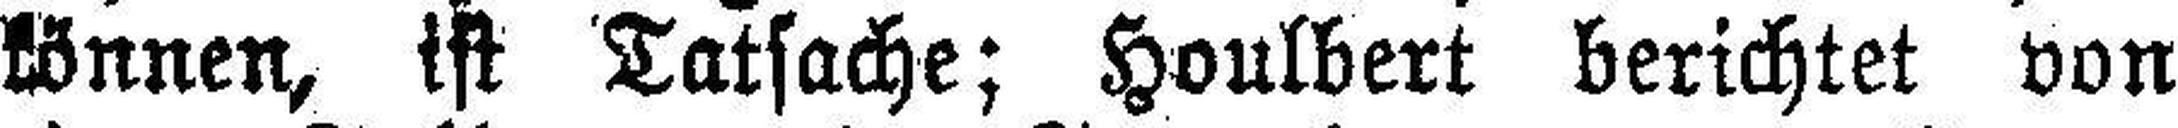
können, ist Tatsache; Houlbert berichtet von